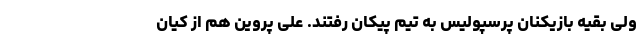
ولی بقیه بازیکنان پرسپولیس ‌به تیم پیکان رفتند. علی پروین هم از کیان